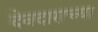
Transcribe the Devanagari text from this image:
देवदाराच्या